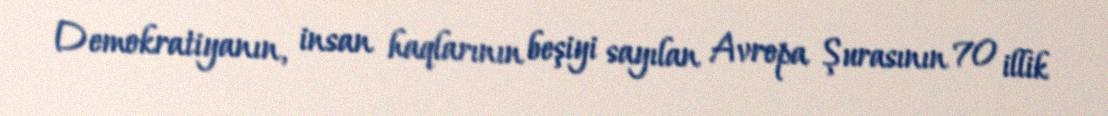
Demokratiyanın, insan haqlarının beşiyi sayılan Avropa Şurasının 70 illik